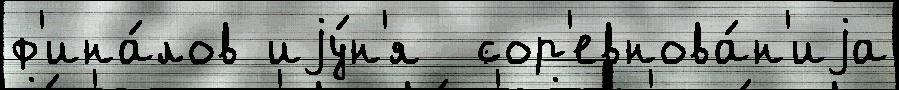
ф'ина́лов иjу́н'я  сор'евнова́н'иjа